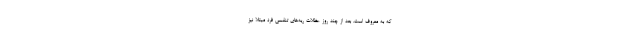
که به معروف است. بعد از چند روز عظلات ریه‌های تنفسی فرد مبتلا نیز